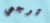
ترجعي